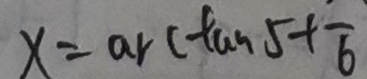
x = \arctan 5 + \overline { 6 }